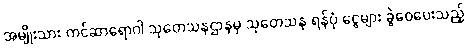
အမျိုးသား ကင်ဆာရောဂါ သုတေသနဌာနမှ သုတေသန ရန်ပုံ ငွေများ ခွဲဝေပေးသည့်